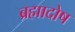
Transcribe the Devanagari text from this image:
ब्रह्मादोष